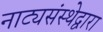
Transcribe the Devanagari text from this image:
नाट्यसंस्थेद्वारा